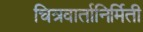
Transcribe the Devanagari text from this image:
चित्रवार्तानिर्मिती